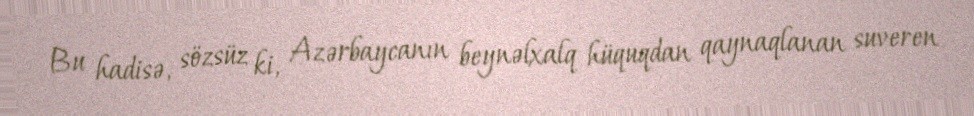
Bu hadisə, sözsüz ki, Azərbaycanın beynəlxalq hüquqdan qaynaqlanan suveren